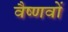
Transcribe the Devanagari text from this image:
वैष्‍णवों